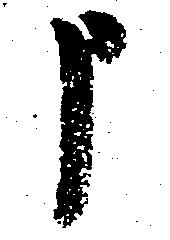
申